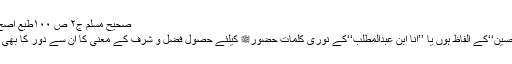
صحیح مسلم ج۲ ص ۱۰۰طبع اصح المطابع کراچی
٭ ’’جِدِّالْحَسَنِ وَالْحُسَیْن‘‘کے الفاظ ہوں یا ’’اَنَا ابْنُ عَبْدِالْمُطَّلِبِ‘‘کے نوری کلمات حضورﷺ کیلئے حصول فضل و شرف کے معنی کا ان سے دور کا بھی کوئی تعلق نہیں۔